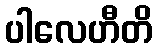
ပါလေဟီတိ